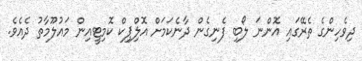
ދިވެހިންގެ ތެރޭގައި އޮންނަ ލޯބި ފެނިގެން ދާނެކަމަށް އޮލިްޕިކް ކޮމިޓީއިން މައުލޫމާތު ދެއެވެ.